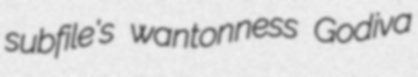
subfile's wantonness Godiva